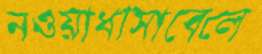
নওয়াধাসাবেলে